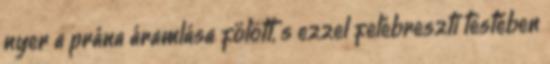
nyer a prána áramlása fölött, s ezzel felébreszti testében